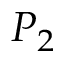
P _ { 2 }